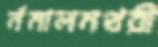
র্নমালমথরী